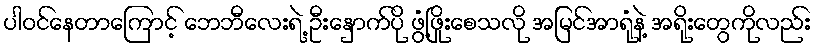
ပါဝင်နေတာကြောင့် ဘေဘီလေးရဲ့ ဦးနှောက်ပို ဖွံ့ဖြိုးစေသလို အမြင်အာရုံနဲ့ အရိုးတွေကိုလည်း